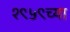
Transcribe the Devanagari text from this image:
१९५९च्या